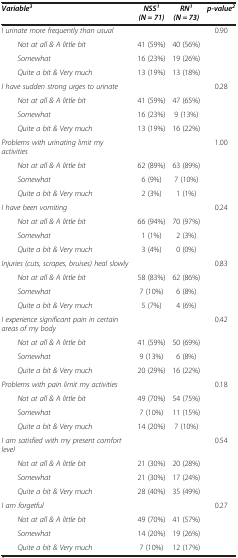
<table><thead><tr><td><b><i>Variable</i><sup><i>3</i></sup></b></td><td><b><i>NSS</i><sup><i>1 </i></sup><i>(N = 71)</i></b></td><td><b><i>RN</i><sup><i>1 </i></sup><i>(N = 73)</i></b></td><td><b><i>p-value</i><sup><i>2</i></sup></b></td></tr></thead><tbody><tr><td><i>I urinate more frequently than usual</i></td><td> </td><td> </td><td>0.90</td></tr><tr><td><i>Not at all &amp; A little bit</i></td><td>41 (59%)</td><td>40 (56%)</td><td> </td></tr><tr><td><i>Somewhat</i></td><td>16 (23%)</td><td>19 (26%)</td><td> </td></tr><tr><td><i>Quite a bit &amp; Very much</i></td><td>13 (19%)</td><td>13 (18%)</td><td> </td></tr><tr><td><i>I have sudden strong urges to urinate</i></td><td> </td><td> </td><td>0.28</td></tr><tr><td><i>Not at all &amp; A little bit</i></td><td>41 (59%)</td><td>47 (65%)</td><td> </td></tr><tr><td><i>Somewhat</i></td><td>16 (23%)</td><td>9 (13%)</td><td> </td></tr><tr><td><i>Quite a bit &amp; Very much</i></td><td>13 (19%)</td><td>16 (22%)</td><td> </td></tr><tr><td><i>Problems with urinating limit my activities</i></td><td> </td><td> </td><td>1.00</td></tr><tr><td><i>Not at all &amp; A little bit</i></td><td>62 (89%)</td><td>63 (89%)</td><td> </td></tr><tr><td><i>Somewhat</i></td><td>6 (9%)</td><td>7 (10%)</td><td> </td></tr><tr><td><i>Quite a bit &amp; Very much</i></td><td>2 (3%)</td><td>1 (1%)</td><td> </td></tr><tr><td><i>I have been vomiting</i></td><td> </td><td> </td><td>0.24</td></tr><tr><td><i>Not at all &amp; A little bit</i></td><td>66 (94%)</td><td>70 (97%)</td><td> </td></tr><tr><td><i>Somewhat</i></td><td>1 (1%)</td><td>2 (3%)</td><td> </td></tr><tr><td><i>Quite a bit &amp; Very much</i></td><td>3 (4%)</td><td>0 (0%)</td><td> </td></tr><tr><td><i>Injuries (cuts, scrapes, bruises) heal slowly</i></td><td> </td><td> </td><td>0.83</td></tr><tr><td><i>Not at all &amp; A little bit</i></td><td>58 (83%)</td><td>62 (86%)</td><td> </td></tr><tr><td><i>Somewhat</i></td><td>7 (10%)</td><td>6 (8%)</td><td> </td></tr><tr><td><i>Quite a bit &amp; Very much</i></td><td>5 (7%)</td><td>4 (6%)</td><td> </td></tr><tr><td><i>I experience significant pain in certain areas of my body</i></td><td> </td><td> </td><td>0.42</td></tr><tr><td><i>Not at all &amp; A little bit</i></td><td>41 (59%)</td><td>50 (69%)</td><td> </td></tr><tr><td><i>Somewhat</i></td><td>9 (13%)</td><td>6 (8%)</td><td> </td></tr><tr><td><i>Quite a bit &amp; Very much</i></td><td>20 (29%)</td><td>16 (22%)</td><td> </td></tr><tr><td><i>Problems with pain limit my activities</i></td><td> </td><td> </td><td>0.18</td></tr><tr><td><i>Not at all &amp; A little bit</i></td><td>49 (70%)</td><td>54 (75%)</td><td> </td></tr><tr><td><i>Somewhat</i></td><td>7 (10%)</td><td>11 (15%)</td><td> </td></tr><tr><td><i>Quite a bit &amp; Very much</i></td><td>14 (20%)</td><td>7 (10%)</td><td> </td></tr><tr><td><i>I am satisfied with my present comfort level</i></td><td> </td><td> </td><td>0.54</td></tr><tr><td><i>Not at all &amp; A little bit</i></td><td>21 (30%)</td><td>20 (28%)</td><td> </td></tr><tr><td><i>Somewhat</i></td><td>21 (30%)</td><td>17 (24%)</td><td> </td></tr><tr><td><i>Quite a bit &amp; Very much</i></td><td>28 (40%)</td><td>35 (49%)</td><td> </td></tr><tr><td><i>I am forgetful</i></td><td> </td><td> </td><td>0.27</td></tr><tr><td><i>Not at all &amp; A little bit</i></td><td>49 (70%)</td><td>41 (57%)</td><td> </td></tr><tr><td><i>Somewhat</i></td><td>14 (20%)</td><td>19 (26%)</td><td> </td></tr><tr><td><i>Quite a bit &amp; Very much</i></td><td>7 (10%)</td><td>12 (17%)</td><td> </td></tr></tbody></table>